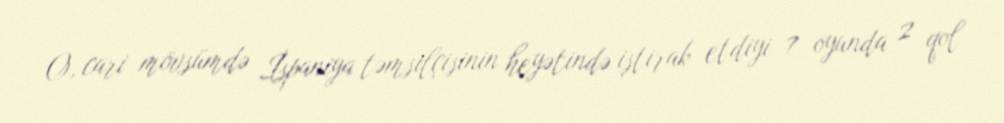
O, cari mövsümdə İspaniya təmsilçisinin heyətində iştirak etdiyi 7 oyunda 2 qol